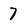
Character: 7